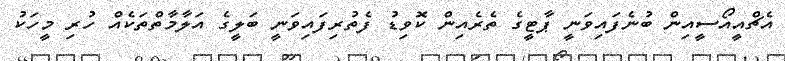
އެޗްއީއޯސީއިން ބުނެފައިވަނީ ޕާޓީގެ ތެރެއިން ކޮވިޑު ފެތުރިފައިވަނީ ބަލީގެ އަލާމާތްތަކެއް ހުރި މީހަކު